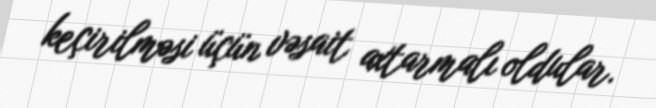
keçirilməsi üçün vəsait axtarmalı oldular.